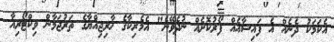
އެކަމަކު ދެނެއް އެ ފައިސާއެއް ފޯރުކޮށެއް ނުދެވޭނެ" އެމެރިކާގެ ޚާރިޖިއްޔާގެ ތަރުޖަމާން ވިކްޓޯރިއާ